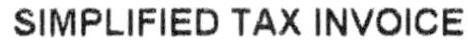
SIMPLIFIED TAX INVOICE